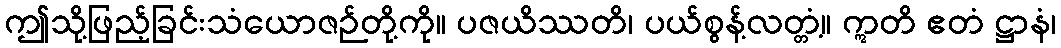
ဤသို့ဖြည့်ခြင်းသံယောဇဉ်တို့ကို။ ပဇယိဿတိ၊ ပယ်စွန့်လတ္တံ့။ ဣတိ ဧတံ ဋ္ဌာနံ၊